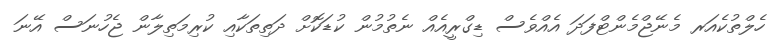
ހެލްތުކެއަރ މެނޭޖްމެންޓްފަދަ އެއްވެސް ޑިގްރީއެއް ނެތުމުން ކުޑަކޮށް ދަތިތަކާއި ކުރިމަތިލާން ޖެހުނަސް އޭނަ